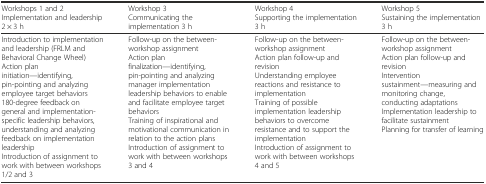
<table><thead><tr><td><b>Workshops 1 and 2Implementation and leadership2 × 3 h</b></td><td><b>Workshop 3Communicating the implementation 3 h</b></td><td><b>Workshop 4Supporting the implementation3 h</b></td><td><b>Workshop 5Sustaining the implementation3 h</b></td></tr></thead><tbody><tr><td>Introduction to implementation and leadership (FRLM and Behavioral Change Wheel)Action plan initiation—identifying, pin-pointing and analyzing employee target behaviors180-degree feedback on general and implementation-specific leadership behaviors, understanding and analyzing feedback on implementation leadershipIntroduction of assignment to work with between workshops 1/2 and 3</td><td>Follow-up on the between-workshop assignmentAction plan finalization—identifying, pin-pointing and analyzing manager implementation leadership behaviors to enable and facilitate employee target behaviorsTraining of inspirational and motivational communication in relation to the action plansIntroduction of assignment to work with between workshops 3 and 4</td><td>Follow-up on the between-workshop assignmentAction plan follow-up and revisionUnderstanding employee reactions and resistance to implementationTraining of possible implementation leadership behaviors to overcome resistance and to support the implementationIntroduction of assignment to work with between workshops 4 and 5</td><td>Follow-up on the between-workshop assignmentAction plan follow-up and revisionIntervention sustainment—measuring and monitoring change, conducting adaptationsImplementation leadership to facilitate sustainmentPlanning for transfer of learning</td></tr></tbody></table>